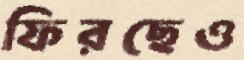
ফিরছেও